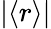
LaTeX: |\langle r\rangle|